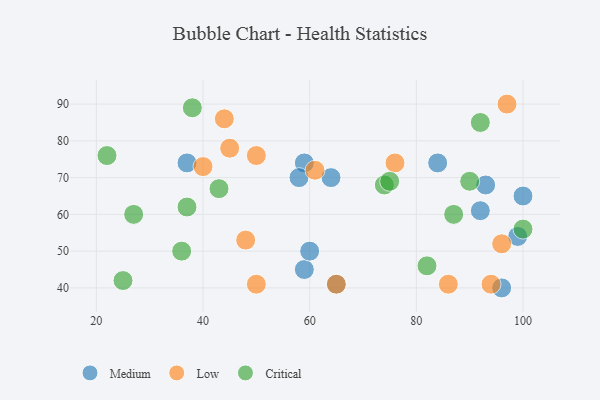
{"axis": {"x": "GDP", "y": "Life Expectancy"}, "legend": ["Critical", "Low", "Medium"], "data": [{"x": "59", "y": 74, "type": "Medium"}, {"x": "64", "y": 70, "type": "Medium"}, {"x": "93", "y": 68, "type": "Medium"}, {"x": "84", "y": 74, "type": "Medium"}, {"x": "65", "y": 41, "type": "Medium"}, {"x": "37", "y": 74, "type": "Medium"}, {"x": "100", "y": 65, "type": "Medium"}, {"x": "59", "y": 45, "type": "Medium"}, {"x": "58", "y": 70, "type": "Medium"}, {"x": "60", "y": 50, "type": "Medium"}, {"x": "92", "y": 61, "type": "Medium"}, {"x": "99", "y": 54, "type": "Medium"}, {"x": "96", "y": 40, "type": "Medium"}, {"x": "96", "y": 52, "type": "Low"}, {"x": "61", "y": 72, "type": "Low"}, {"x": "76", "y": 74, "type": "Low"}, {"x": "94", "y": 41, "type": "Low"}, {"x": "97", "y": 90, "type": "Low"}, {"x": "50", "y": 41, "type": "Low"}, {"x": "40", "y": 73, "type": "Low"}, {"x": "65", "y": 41, "type": "Low"}, {"x": "45", "y": 78, "type": "Low"}, {"x": "44", "y": 86, "type": "Low"}, {"x": "86", "y": 41, "type": "Low"}, {"x": "48", "y": 53, "type": "Low"}, {"x": "50", "y": 76, "type": "Low"}, {"x": "87", "y": 60, "type": "Critical"}, {"x": "27", "y": 60, "type": "Critical"}, {"x": "38", "y": 89, "type": "Critical"}, {"x": "90", "y": 69, "type": "Critical"}, {"x": "74", "y": 68, "type": "Critical"}, {"x": "25", "y": 42, "type": "Critical"}, {"x": "22", "y": 76, "type": "Critical"}, {"x": "37", "y": 62, "type": "Critical"}, {"x": "82", "y": 46, "type": "Critical"}, {"x": "43", "y": 67, "type": "Critical"}, {"x": "100", "y": 56, "type": "Critical"}, {"x": "92", "y": 85, "type": "Critical"}, {"x": "36", "y": 50, "type": "Critical"}, {"x": "75", "y": 69, "type": "Critical"}]}